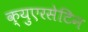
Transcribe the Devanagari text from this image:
क्युएरसेटिन